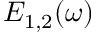
E _ { 1 , 2 } ( \omega )